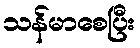
သန်မာစေပြီး